Vaccination report Assam 1896-1927 - 1896-1927
Year: 1896
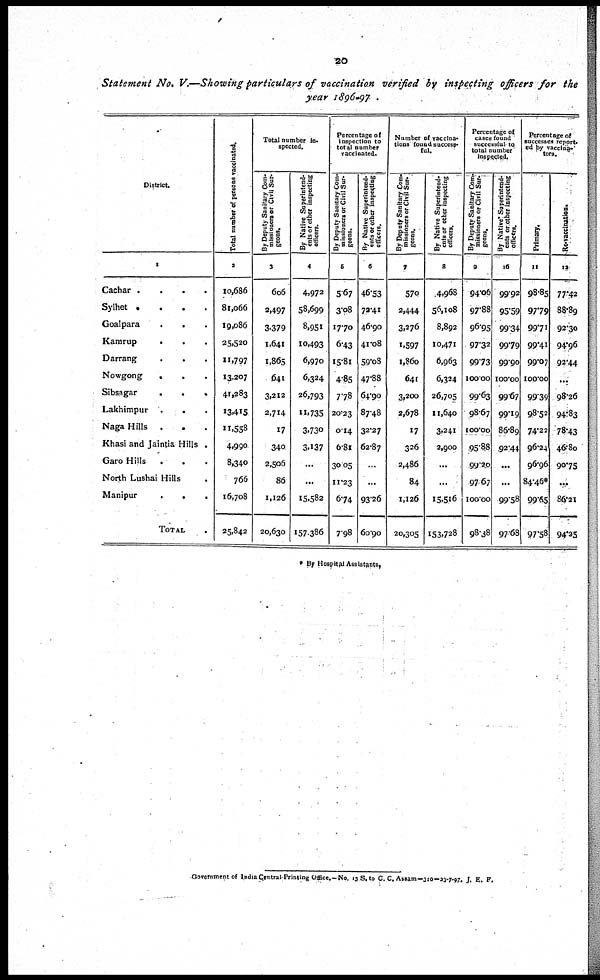
20
Statement No. V.—Showing particulars of vaccination verified by inspecting officers for the
year 1896-97 .
District.
1
Cachar
....
Sylhet
....
Goalpara
...
Kamrup
...
Darrang ...
Nowgong
...
Sibsagar
...
Lakhimpur
...
Naga Hills
...
Khasi and Jaintia Hills .
Garo Hills
...
North Lushai Hills .
Manipur
...
TOTAL .
Total number of persons vaccinated.
2
10,686
81,066
19,086
25,520
11,797
13,207
41,283
13,415
11,558
4,990
8,340
766
16,708
25,842
Total number in-
spected.
By Deputy Sanitary Com-
missioners or Civil Sur-
geons.
3
606
2,497
3,379
1,641
1,865
641
3,212
2,714
17
340
2,506
86
1,126
20,630
By Native Superintend-
ents or other inspecting
officers.
4
4,972
58,699
8,951
10,493
6,970
6,324
26,793
11,735
3,730
3,137
...
...
15,582
157,386
Percentage of
inspection to
total number
vaccinated.
By Deputy Sanitary Com-
missioners or Civil Sur-
geons.
5
5.67
3.08
17.70
6.43
15.81
4.85
778
20.23
0.14
6.81
30.05
11.23
6.74
7.98
By Native Superintend-
ents or other inspecting
officers.
6
46.53
72.41
46.90
41.08
59.08
47.88
64.90
87.48
32.27
62.87
...
...
93.26
60.90
Number of vaccina-
tions found success-
ful.
By Deputy Sanitary Com-
missioners or Civil Sur-
geons.
7
570
2,444
3,276
1,597
1,860
641
3,200
2,678
17
326
2,486
84
1,126
20,305
By Native Superintend-
ents or other inspecting
officers.
8
4,968
56,108
8,892
10,471
6,963
6,324
26,705
11,640
3,241
2,900
...
...
15,516
153,728
Percentage of
cases found
successful to
total number
inspected.
By Deputy Sanitary Com-
missioners or Civil Sur-
geons.
9
94.06
97.88
96.95
97.32
99.73
100.00
99.63
98.67
100.00
95.88
99.20
97.67
100.00
98.38
By Native Superintend-
ents or other inspecting
officers.
16
99.92
95.59
99.34
9979
99.90
100.00
99.67
99.19
86.89
92.44
...
...
99.58
97.68
Percentage of
successes report¬
ed by vaccina¬
tors.
Primary.
11
98.85
97.79
99.71
99.41
99.07
100.00
99.39
98.52
74.22
96.24
96.96
84.46*
99.65
97.58
Revaccination.
12
77.42
88.89
92.30
94.96
92.44
...
98.26
94.83
78.43
46.80
90.75
...
86.21
94.25
* By Hospital Assistants.
Government of India Central Printing Office,—No. 13 S. to C. C. Assam—310-23-7-97. J. E. F.